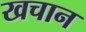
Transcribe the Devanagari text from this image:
खचान